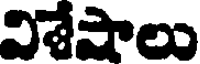
విశేపాలు